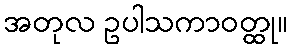
အတုလ ဥပါသကာဝတ္ထု။